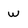
Character: w